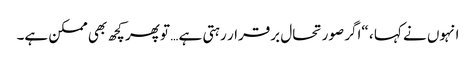
انہوں نے کہا ، “اگر صورتحال برقرار رہتی ہے … تو پھر کچھ بھی ممکن ہے۔